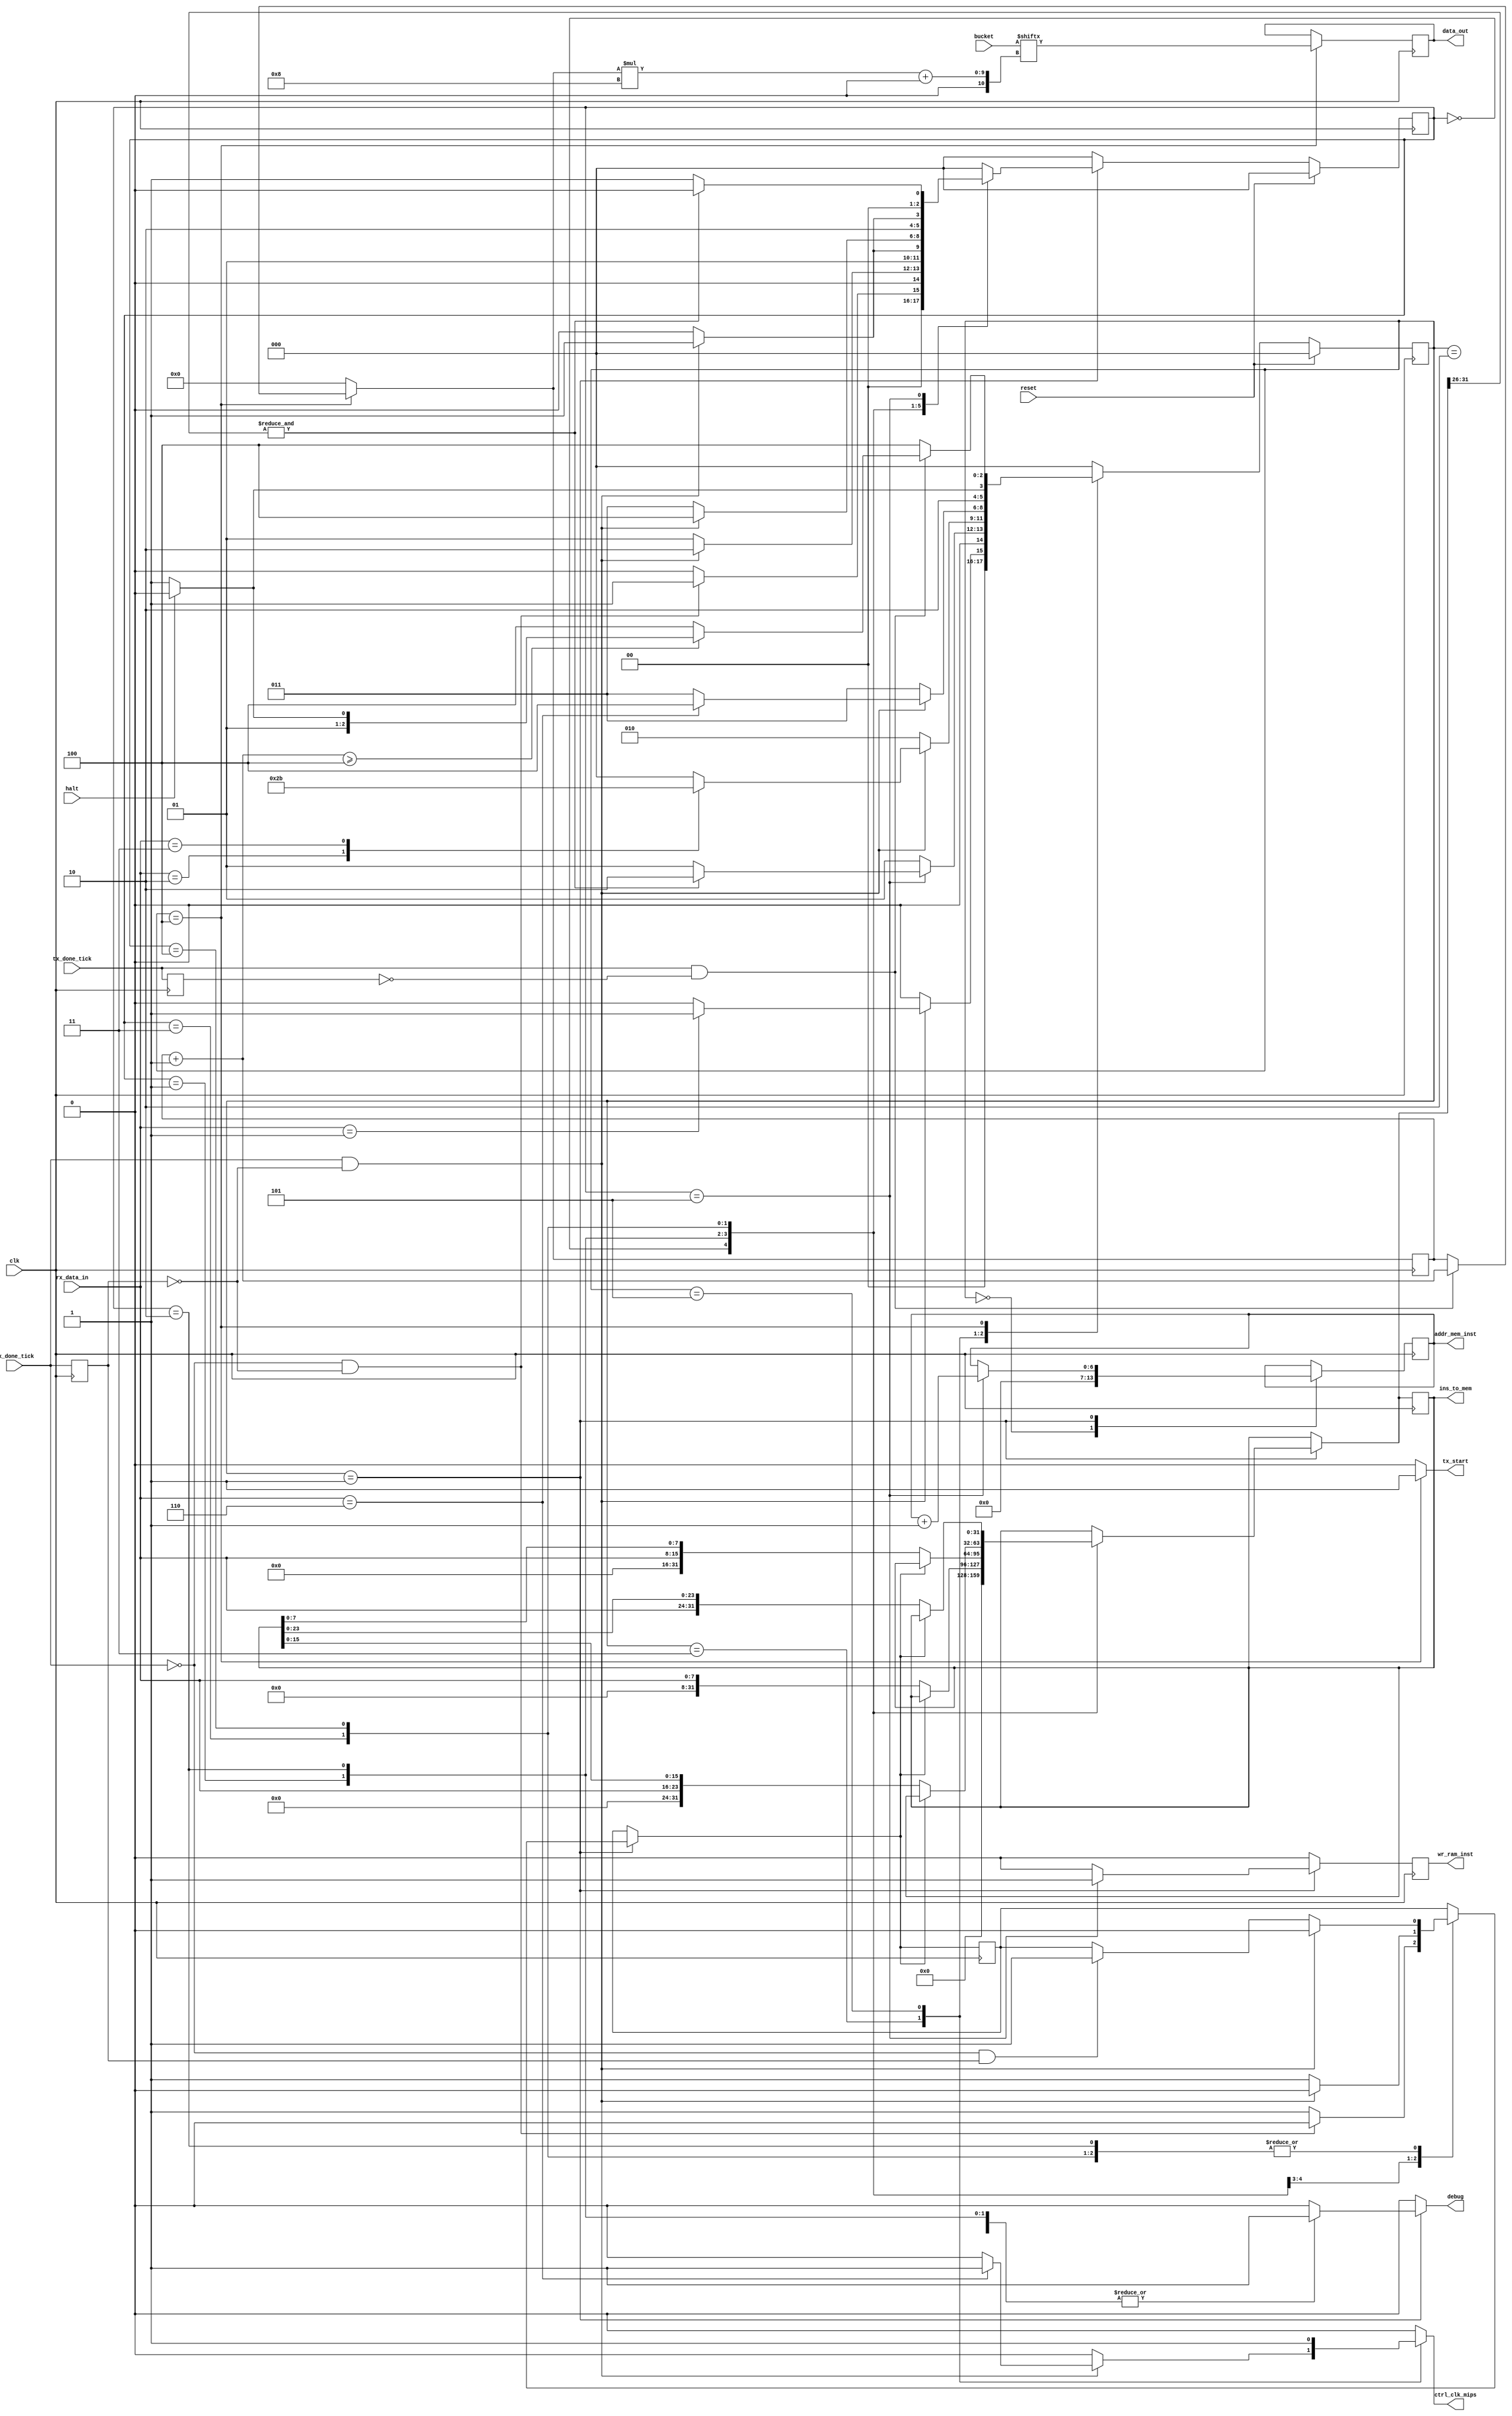
`timescale 1ns / 1ps
//////////////////////////////////////////////////////////////////////////////////
//	Alumnos:
//					 Ortmann, Nestor Javier
// 				 Trejo, Bruno Guillermo
// Year: 		 2019
// Module Name:  UNIDAD DE DEBUG
//////////////////////////////////////////////////////////////////////////////////

module DEBUG_UNIT
#(
  parameter NBIT_DATA_LEN = 8, 		// buffer bits 
  parameter len_addr      = 7,
  parameter len_data		= 32,	    
  parameter cant_inst     = 64,       // cantidad esperada de instrucciones
  parameter NBIT_cant_inst = 6,
  parameter len_bucket   = 32,        // largo total del bucket SE PISA DESDE TOP
  parameter len_contador = 5,         // contador puede contar hasta 2^len_contador SE PISA DESDE TOP
  parameter max_count = len_bucket/8  // cantidad x de veces tengo que mandar 8 bits para mandar todo el bucket
) 
( 
  input clk,								 // necesario para cambiar de estados
  input reset,
  input halt,								 // indica si cpu termino

  input [len_bucket-1:0] bucket,               // para recibir datos del MIPS y mandarlo a la compu 
  output reg [len_addr-1:0] addr_mem_inst,     // direccion de la instruccion a escribir
  output reg [len_data-1:0] ins_to_mem,        // instruccion a escribir
  output reg wr_ram_inst,                      // pin para habilitar escritura a INST_MEM

  /*output rewr_flag,
  output [2:0] substate_flag,
  output [2:0] substatenext_flag,
  output [2:0] state_flag,
  output [2:0] statenext_flag,*/
  //output [len_data-1:0] test,

  output reg ctrl_clk_mips,
  output reg debug,                            // debug_flag para indicar si se esta escribiendo el programa en INST_MEM
  /*
    UART
  */
 	input rx_done_tick,  			  	             	 // fin de recepcion
	input tx_done_tick,					              	 // recibe la confirmacion desde UART que se termino de transimitir
 	input [NBIT_DATA_LEN-1:0] rx_data_in,  	     // Dato del RX recibido
	output reg tx_start,                         // DEBUG_UnIT le tiene que avisar a TX cuando empezar
 	output reg [NBIT_DATA_LEN-1:0] data_out      // para escribir en TX (para mandar las cosas del MIPS a la compu, por ejemplo el PC)
); 

  /*
    Estados
  */
  localparam [2:0]  IDLE           = 3'b 000,
                    PROGRAMMING    = 3'b 001,
                    WAITING        = 3'b 010,
                    STEP_BY_STEP   = 3'b 011,
                    SENDING_DATA   = 3'b 100,
                    CONTINUOUS     = 3'b 101;

  localparam [2:0]  SUB_INIT       = 3'b 000,
                    SUB_READ_1     = 3'b 001,
                    SUB_READ_2     = 3'b 010,
                    SUB_READ_3     = 3'b 011,
                    SUB_READ_4     = 3'b 100,
                    SUB_WRITE_MEM  = 3'b 101;

  /*
    Seales de comparacion con los datos que llegan desde la PC
  */
  localparam [7:0]  StartSignal        = 8'b 00000001,
                    ContinuousSignal   = 8'b 00000010,
                    StepByStepSignal   = 8'b 00000011,
                    ReProgramSignal    = 8'b 00000101,
                    StepSignal         = 8'b 00000110;


  reg rewrite_flag=1'b0;
  reg rewrite_flag_prev=1'b0;

	/*
    Registros internos
	*/
  reg [2:0] state = IDLE;            
	reg [2:0] state_next = IDLE;
  reg [2:0] sub_state = SUB_INIT;
  reg [2:0] sub_state_next = SUB_INIT;
	/*
    Copian entradas
  */
  reg reg_tx_done_tick = 0;
	reg reg_rx_done_tick = 0;
  /*
    Alimentan salidas
  */
  reg write_enable_ram_inst = 1'b0;              // le dice al MIPS cuando escribir en mem la instruccion
  reg [len_data-1:0] instruction = 0;            // instruccion a escribir en memoria de programa
  reg [len_addr-1:0] num_inst = 7'b0;            // contador de instrucciones para direccionar donde escribir
	reg [NBIT_DATA_LEN-1:0] reg_data_out_next = 0; // agarra el dato que se va a mandar a la PC
  reg [NBIT_DATA_LEN-1:0] reg_rxdatain = 0;      // agarra el dato que se va a mandar al MIPS
  reg [len_contador-1:0] contador = 0;           // para direccionar el bucket
  reg [len_contador-1:0] contador_prev = 5'b0;

  /*
    Assigns para testing
  */
  /*assign rewr_flag = rewrite_flag;
  assign substate_flag = sub_state;
  assign substatenext_flag = sub_state_next;
  assign state_flag = state;
  assign statenext_flag = state_next;*/


	/* 
    Logica de actualizacion de registros
	  (pasa lo que hay en la entrada a los reg)
		en cada pulso de clock.
	*/
	always @(posedge clk)
	begin
		state <= state_next;
    sub_state <= sub_state_next;		
    reg_rx_done_tick <= rx_done_tick;
    reg_tx_done_tick <= tx_done_tick;

    ins_to_mem <= instruction;
    wr_ram_inst <= write_enable_ram_inst;
    addr_mem_inst <= num_inst;
    data_out <= reg_data_out_next;
    rewrite_flag_prev <= rewrite_flag;
    contador_prev <= contador;

		if(reset)
		begin
			state<=IDLE;
      sub_state<=SUB_INIT;
		end
	end
	
	/* 
    Logica de actualizacion de estados.
	*/
	always @(*)
	begin
		
		case(state)
			IDLE:
			begin
        ctrl_clk_mips = 1'b0;
        contador=0;
        rewrite_flag = rewrite_flag_prev;
        if((rx_done_tick == 1) && (reg_rx_done_tick == 0)) 
        begin
          if (reg_rxdatain == StartSignal) 
          begin
              state_next = PROGRAMMING;
              sub_state_next = SUB_INIT;
          end
          else
          begin
              state_next = IDLE;
              sub_state_next = SUB_INIT;
          end
        end
        else
        begin
          state_next = IDLE;
          sub_state_next = SUB_INIT;
        end
			end

			PROGRAMMING:
      begin
      ctrl_clk_mips = 1'b0;
      contador=0;
      case(sub_state)
        SUB_INIT:
        begin
          if ((rx_done_tick == 0) && (reg_rx_done_tick == 0)) // No hubo ningun cambio en rx_done
          begin
            rewrite_flag = 1'b0;
            state_next = PROGRAMMING;
            sub_state_next = SUB_READ_1;
          end
          else
          begin
            rewrite_flag = 1'b1;
            state_next = PROGRAMMING;
            sub_state_next = SUB_INIT;
          end
        end
        SUB_READ_1:
        begin
          if((rx_done_tick == 1) && (reg_rx_done_tick == 0)) // Subio rx donetick
          begin
            rewrite_flag = 1'b0;
            state_next = PROGRAMMING;
            sub_state_next = SUB_READ_2;
          end
          else if ((rx_done_tick == 0) && (reg_rx_done_tick == 1)) // Bajo rx donetick
          begin
            rewrite_flag = 1'b1;
            state_next = PROGRAMMING;
            sub_state_next = SUB_READ_1;
          end
          else
          begin
            rewrite_flag = 1'b1;
            state_next = PROGRAMMING;
            sub_state_next = SUB_READ_1;
          end
        end
        SUB_READ_2:
        begin
          if((rx_done_tick == 1) && (reg_rx_done_tick == 0)) // Subio rx donetick
          begin
            rewrite_flag = 1'b0;
            state_next = PROGRAMMING;
            sub_state_next = SUB_READ_3;
          end
          else if ((rx_done_tick == 0) && (reg_rx_done_tick == 1)) // Bajo rx donetick
          begin
            rewrite_flag = 1'b1;
            state_next = PROGRAMMING;
            sub_state_next = SUB_READ_2;
          end
          else
          begin
            rewrite_flag = rewrite_flag_prev;
            state_next = PROGRAMMING;
            sub_state_next = SUB_READ_2;
          end
        end
        SUB_READ_3:
        begin
          if((rx_done_tick == 1) && (reg_rx_done_tick == 0)) // Subio rx donetick
          begin
            rewrite_flag = 1'b0;
            state_next = PROGRAMMING;
            sub_state_next = SUB_READ_4;
          end
          else if ((rx_done_tick == 0) && (reg_rx_done_tick == 1)) // Bajo rx donetick
          begin
            rewrite_flag = 1'b1;
            state_next = PROGRAMMING;
            sub_state_next = SUB_READ_3;
          end
          else
          begin
            rewrite_flag = rewrite_flag_prev;
            state_next = PROGRAMMING;
            sub_state_next = SUB_READ_3;
          end
        end
        SUB_READ_4:
        begin
          if((rx_done_tick == 1) && (reg_rx_done_tick == 0)) // Subio rx donetick
          begin
            rewrite_flag = 1'b0;
            state_next = PROGRAMMING;
            sub_state_next = SUB_WRITE_MEM;
          end
          else if ((rx_done_tick == 0) && (reg_rx_done_tick == 1)) // Bajo rx donetick
          begin
            rewrite_flag = 1'b1;
            state_next = PROGRAMMING;
            sub_state_next = SUB_READ_4;
          end
          else
          begin
            rewrite_flag = rewrite_flag_prev;
            state_next = PROGRAMMING;
            sub_state_next = SUB_READ_4;
          end
        end
        SUB_WRITE_MEM:
        begin
          rewrite_flag = rewrite_flag_prev;
          if(&instruction[31:26])
          begin
            state_next = WAITING;
            sub_state_next = SUB_INIT;
          end
          else
          begin
            state_next = PROGRAMMING;
            sub_state_next = SUB_READ_1;  
          end
        end
        default:
        begin
          rewrite_flag = rewrite_flag_prev;
          state_next = PROGRAMMING;
          sub_state_next = SUB_INIT;
        end
      endcase
      end
		
			WAITING:
			begin
        ctrl_clk_mips = 1'b0;
        rewrite_flag = rewrite_flag_prev;
        contador=0;
        if((rx_done_tick == 1) && (reg_rx_done_tick == 0))
        begin
          case(reg_rxdatain)
            ReProgramSignal:
                begin
                  state_next = IDLE;
                  sub_state_next = SUB_INIT;
                end
            ContinuousSignal:
                begin
                  state_next = CONTINUOUS;
                  sub_state_next = SUB_INIT;
                end
            StepByStepSignal:
                begin
                  state_next = STEP_BY_STEP;
                  sub_state_next = SUB_INIT;
                end
            default:
                begin
                  state_next = IDLE;
                  sub_state_next = SUB_INIT;
                end
        endcase
      end
      else
      begin
        state_next = WAITING;
        sub_state_next = SUB_INIT;
      end
			end
		
			STEP_BY_STEP:
      begin
        ctrl_clk_mips = 1'b0;
        contador = 0;
        rewrite_flag = rewrite_flag_prev;
        if((rx_done_tick == 1) && (reg_rx_done_tick == 0))
        begin
          if (reg_rxdatain == StepSignal)
          begin
            ctrl_clk_mips = 1'b1;
            state_next = SENDING_DATA;
            sub_state_next = SUB_INIT;
          end
          else
          begin
            state_next = STEP_BY_STEP;
            sub_state_next = SUB_INIT;
          end
        end
        else
        begin
          state_next = STEP_BY_STEP;
          sub_state_next = SUB_INIT;
        end
      end
				
			CONTINUOUS:
      begin
        ctrl_clk_mips = 1'b1;
        contador=0;
        rewrite_flag = rewrite_flag_prev;
        if (halt)
        begin
          state_next = SENDING_DATA;
          sub_state_next = SUB_INIT;
        end
        else
        begin
          state_next = CONTINUOUS; 
          sub_state_next = SUB_INIT;
        end
      end

      SENDING_DATA:   
      begin
        ctrl_clk_mips = 1'b0;
        rewrite_flag = rewrite_flag_prev;
        if((tx_done_tick == 1) && (reg_tx_done_tick == 0))
        begin
          contador = contador_prev + 5'b1;
          if(contador>=max_count) // Si ya mande todo, cambio de estado
          begin
            if(halt)
            begin
              state_next = WAITING;
              sub_state_next = SUB_INIT;
            end
            else
            begin
              state_next = STEP_BY_STEP;
              sub_state_next = SUB_INIT;
            end
          end
          else                    // Si no, sigo mandando
          begin
            state_next = SENDING_DATA;
            sub_state_next = SUB_INIT;
          end
        end
        else
        begin
          contador = contador_prev;
          state_next = SENDING_DATA;
          sub_state_next = SUB_INIT;
        end
      end
			default:
				begin
          contador=0;
          ctrl_clk_mips = 1'b0;
          rewrite_flag = rewrite_flag_prev;
					state_next = IDLE;
          sub_state_next = SUB_INIT;
				end
		endcase
	end
	
	/* 
    Logica de recepcion y transmision de datos.
	*/
	always @(*)
	begin

		case(state)

			IDLE:
			begin
        instruction = ins_to_mem;
        num_inst = 7'b0;
        write_enable_ram_inst = 1'b0;
        debug = 1'b0;
				tx_start = 1'b0;
				reg_data_out_next  = data_out;
        reg_rxdatain = rx_data_in;
        //contador = 0;
			end

			PROGRAMMING:
			begin
        case(sub_state)
          SUB_INIT:
            begin
              instruction = 0;
              num_inst = addr_mem_inst;
              write_enable_ram_inst = 1'b0;
              debug = 1'b1;
              tx_start = 1'b0;
              reg_data_out_next  = data_out;
              reg_rxdatain = rx_data_in;
              //contador = 0;
            end
          SUB_READ_1:
            begin
              num_inst = addr_mem_inst;
              reg_rxdatain = rx_data_in;
              write_enable_ram_inst = 1'b0;
              debug = 1'b1;
              tx_start = 1'b0;
              reg_data_out_next  = data_out;
              //contador = 0;
              if(!rewrite_flag)
              begin
                instruction = {{24{1'b0}},reg_rxdatain};
              end
              else
              begin
                instruction = ins_to_mem;
              end
            end
          SUB_READ_2:
            begin
              num_inst = addr_mem_inst;
              write_enable_ram_inst = 1'b0;
              reg_rxdatain = rx_data_in;
              debug = 1'b1;
              tx_start = 1'b0;
              reg_data_out_next  = data_out;  
              //contador = 0;
              if(!rewrite_flag)
              begin
                instruction = {{16{1'b0}},reg_rxdatain,ins_to_mem[7:0]};                               
              end
              else
              begin
                instruction = ins_to_mem;
              end
            end
          SUB_READ_3:
            begin
              num_inst = addr_mem_inst;
              write_enable_ram_inst = 1'b0;
              reg_rxdatain = rx_data_in;
              debug = 1'b1;
              tx_start = 1'b0;
              reg_data_out_next  = data_out; 
              //contador = 0;
              if(!rewrite_flag)
              begin
                instruction = {{8{1'b0}},reg_rxdatain,ins_to_mem[15:0]};                                                            
              end
              else
              begin
                instruction = ins_to_mem;
              end
            end
          SUB_READ_4:
            begin
              num_inst = addr_mem_inst;
              write_enable_ram_inst = 1'b0;
              reg_rxdatain = rx_data_in;
              debug = 1'b1;
              tx_start = 1'b0;
              reg_data_out_next  = data_out;
              //contador = 0;   
              if(!rewrite_flag)
              begin
                instruction = {reg_rxdatain,ins_to_mem[23:0]};
              end
              else
              begin
                instruction = ins_to_mem;
              end
            end
          SUB_WRITE_MEM:
            begin
              instruction = ins_to_mem;
              num_inst = addr_mem_inst + 7'b1;
              reg_rxdatain = rx_data_in;
              write_enable_ram_inst = 1'b1;
              debug = 1'b1;
              tx_start = 1'b0;
              reg_data_out_next  = data_out;
              //contador = 0;
            end
          default:
            begin
              instruction = ins_to_mem;
              num_inst = addr_mem_inst;
              reg_rxdatain = rx_data_in;
              write_enable_ram_inst = 1'b0;
              debug = 1'b0;
              tx_start = 1'b0;
              reg_data_out_next  = data_out;
              //contador = 0;
            end
        endcase
			end
			
			WAITING:
			begin
        instruction = ins_to_mem;
        reg_rxdatain = rx_data_in;
        num_inst = addr_mem_inst;
        write_enable_ram_inst = 1'b0;
        debug = 1'b0;
        tx_start = 1'b0;
        reg_data_out_next  = data_out;
        //contador = 0;				
			end
			
			STEP_BY_STEP:
			begin
        instruction = ins_to_mem;
        reg_rxdatain = rx_data_in;
        num_inst = addr_mem_inst;
        write_enable_ram_inst = 1'b0;
        debug = 1'b0;
        tx_start = 1'b0;
        reg_data_out_next  = data_out;
        //contador = 0;
			end
			
			CONTINUOUS:
			begin
        instruction = ins_to_mem;
        num_inst = addr_mem_inst;
        reg_rxdatain = rx_data_in;
        write_enable_ram_inst = 1'b0;
        debug = 1'b0;
        tx_start = 1'b0;
        reg_data_out_next  = data_out;
        //contador = 0;
			end
			
      SENDING_DATA:
      begin
        instruction = ins_to_mem;
        num_inst = addr_mem_inst;
        reg_rxdatain = rx_data_in;
        write_enable_ram_inst = 1'b0;
        debug = 1'b0;
        tx_start = 1'b1;
        reg_data_out_next = bucket[contador*8 +: 8];
        /*if(!rewrite_flag)
        begin
          contador = contador_prev + 5'b1;
          rewrite_flag_prev=1
        end
        else
        begin
          contador = contador_prev;
        end*/
      end

			default:
			begin
        instruction = ins_to_mem;
        num_inst = addr_mem_inst;
        write_enable_ram_inst = 1'b0;
        reg_rxdatain = rx_data_in;
        debug = 1'b0;
        tx_start = 1'b0;
        reg_data_out_next  = data_out;
        //contador = 0;
			end
	
		endcase
	end
endmodule